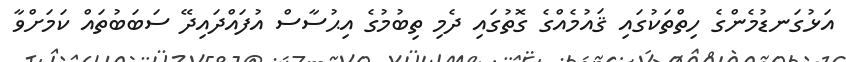
އަޅުގަނޑުމެންގެ ހިތްތަކުގައި ޤައުމެއްގެ ގޮތުގައި ދެމި ތިބުމުގެ އިޙުސާސް އުފައްދައިދޭ ސަބަބުތައް ކަމަށްވާ